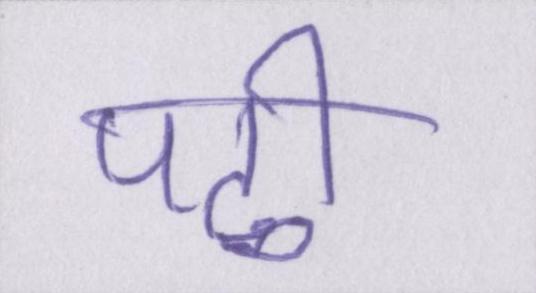
पढी